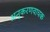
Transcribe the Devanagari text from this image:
अनुकरणवाचक